Materia medica of Madras volume I
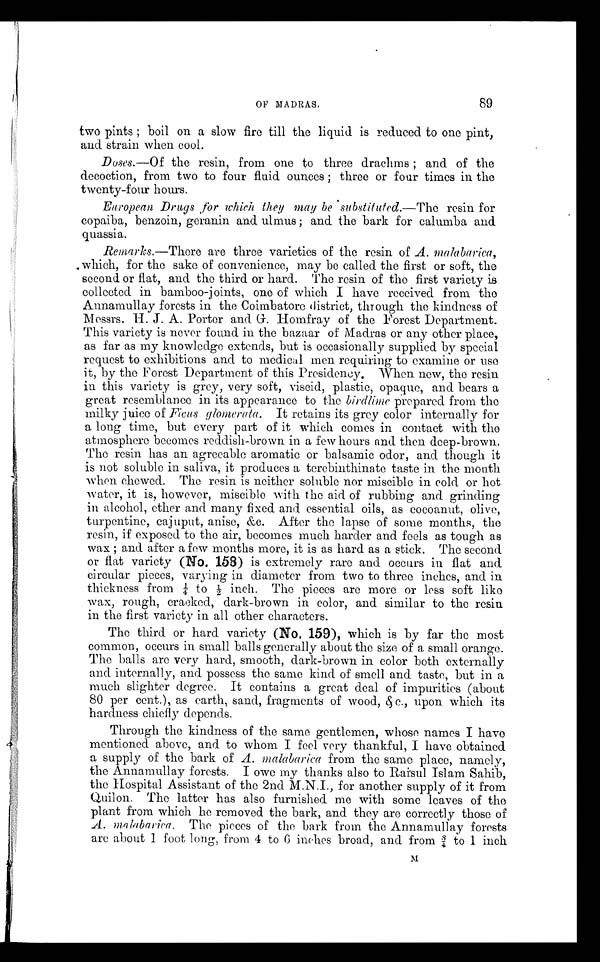
OF MADRAS.
89
two pints; boil on a slow fire till the liquid is reduced to one pint,
and strain when cool.
D oses.—Of the resin, from one to three drachms; and of the
decoction, from two to four fluid ounces; three or four times in the
twenty-four hours.
European Drugs for which they may be substituted.— The resin for
copaiba, benzoin, geranin and ulmus; and the bark for calumba and
quassia.
Remarks.—There are three varieties of the resin of A. mal abar i ca,
which, for the sake of convenience, may be called the first or soft, the
second or flat, and the third or hard. The resin of the first variety is
collected in bamboo-joints, one of which I have received from the
Annamullay forests in the Coimbatore district, through the kindness of
Messrs. H. J. A. Porter and G. Homfray of the Forest Department.
This variety is never found in the bazaar of Madras or any other place,
as far as my knowledge extends, but is occasionally supplied by special
request to exhibitions and to medical men requiring to examine or use
it, by the Forest Department of this Presidency. When new, the resin
in this variety is grey, very soft, viscid, plastic, opaque, and bears a
great resemblance in its appearance to the birdlime prepared from the
milky juice of Ficus glomerata. It retains its grey color internally for
a long time, but every part of it which comes in contact with the
atmosphere becomes reddish-brown in a few hours and then deep-brown.
The resin has an agreeable aromatic or balsamic odor, and though it
is not soluble in saliva, it produces a terebinthinate taste in the mouth
when chewed. The resin is neither soluble nor miscible in cold or hot
water, it is, however, miscible with the aid of rubbing and grinding
in alcohol, ether and many fixed and essential oils, as cocoanut, olive,
turpentine, cajuput, anise, &c. After the lapse of some months, the
resin, if exposed to the air, becomes much harder and feels as tough as
wax; and after a few months more, it is as hard as a stick. The second
or flat variety (No. l58) is extremely rare and occurs in flat and
circular pieces, varying in diameter from two to three inches, and in
thickness from ¼t o ½ i n c h . T h e p i e c e s a r e m o r e o r l e s s s o f t l i k e
wax, rough, cracked, dark-brown in color, and similar to the resin
in the first variety in all other characters.
The third or hard variety (No. 159), which is by far the most
common, occurs in small balls generally about the size of a small orange.
The balls are very hard, smooth, dark-brown in color both externally
and internally, and possess the same kind of smell and taste, but in a
much slighter degree. It contains a great deal of impurities (about
80 per cent.), as earth, sand, fragments of wood, &c., upon which its
hardness chiefly depends.
Through the kindness of the same gentlemen, whose names I have
mentioned above, and to whom I feel very thankful, I have obtained
a supply of the bark of A. malabarica from the same place, namely,
the Annamullay forests. I owe my thanks also to Raisul Islam Sahib,
the Hospital Assistant of the 2nd M.N.I., for another supply of it from
Quilon. The latter has also furnished me with some leaves of the
plant from which he removed the bark, and they are correctly those of
A. malabarica. The pieces of the bark from the Annamullay forests
are about 1 foot long, from 4 to 6 inches broad, and from ¾ to 1 inch
M